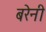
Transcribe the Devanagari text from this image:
बरेनी